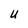
Character: U